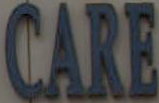
CARE